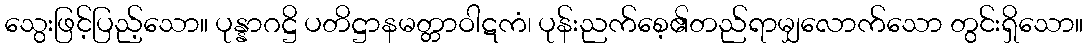
သွေးဖြင့်ပြည့်သော။ ပုန္နာဂဋ္ဌိ ပတိဋ္ဌာနမတ္တာဝါဋကံ၊ ပုန်းညက်စေ့၏တည်ရာမျှလောက်သော တွင်းရှိသော။